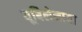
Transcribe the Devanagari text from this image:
यूबिलेनाया